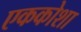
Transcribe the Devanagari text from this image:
एककोशा